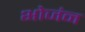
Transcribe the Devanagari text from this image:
भोजंन